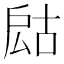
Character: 𢩍